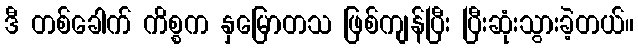
ဒီ တစ်ခေါက် ကိစ္စက နှမြောတသ ဖြစ်ကျန်ပြီး ပြီးဆုံးသွားခဲ့တယ်။